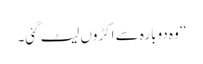
‘‘ و ہ دوبارہ سے اکڑوں لیٹ گئی۔